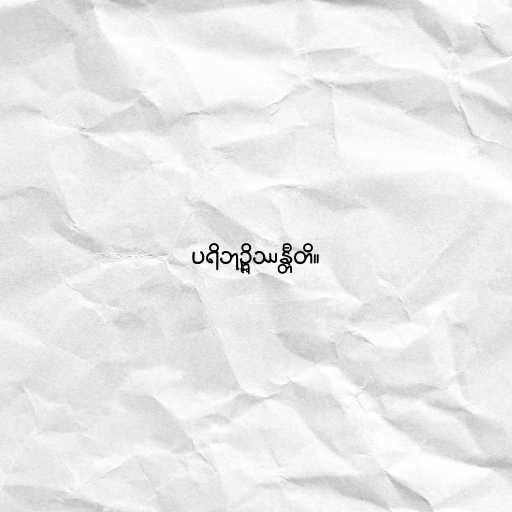
ပရိဘုဉ္ဇိဿန္တီတိ။